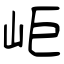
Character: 岠